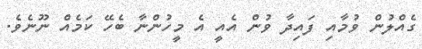
ގެއްލުން ވުމާއި ފައިދާ ވުން އެއީ އެ މީހުންނާ ބެހޭ ކަމެއް ނޫނެވެ.